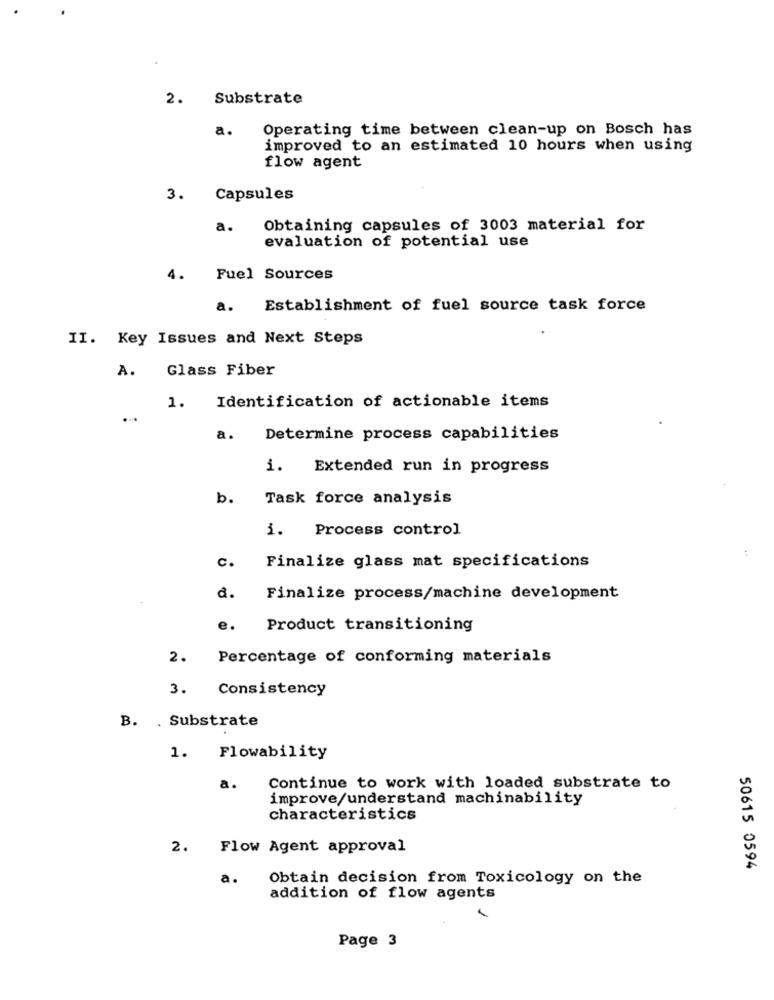
2. Substrate
a.
Operating time between clean-up on Bosch has
improved to an estimated 10 hours when using
flow agent
3.
Capsules
a.
Obtaining capsules of 3003 material for
evaluation of potential use
4.
Fuel Sources
a.
Establishment of fuel source task force
II. Key Issues and Next Steps
A.
Glass Fiber
1. Identification of actionable items
a.
Determine process capabilities
i. Extended run in progress
b.
Task force analysis
i. Process control
c.
Finalize glass mat specifications
a.
Finalize process/machine development
e.
Product transitioning
2.
Percentage of conforming materials
3. Consistency
B. . Substrate
1. Flowability
a.
Continue to work with loaded substrate to
improve/understand machinability
characteristics
2.
Flow Agent approval
50615 0594
a.
Obtain decision from Toxicology on the
addition of flow agents
Page 3